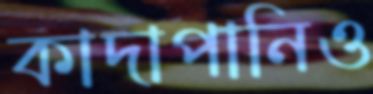
কাদাপানিও